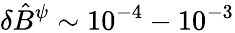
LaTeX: \delta\hat{B}^{\psi}\sim 10^{-4}-10^{-3}